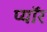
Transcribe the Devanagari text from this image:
प्यॉर